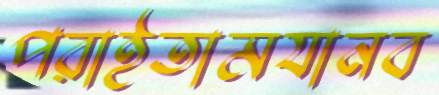
পরাইতামযানব